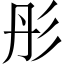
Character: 彤